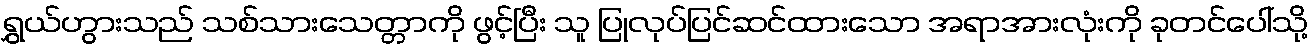
ရွှယ်ဟွားသည် သစ်သားသေတ္တာကို ဖွင့်ပြီး သူ ပြုလုပ်ပြင်ဆင်ထားသော အရာအားလုံးကို ခုတင်ပေါ်သို့